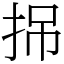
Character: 𢬢